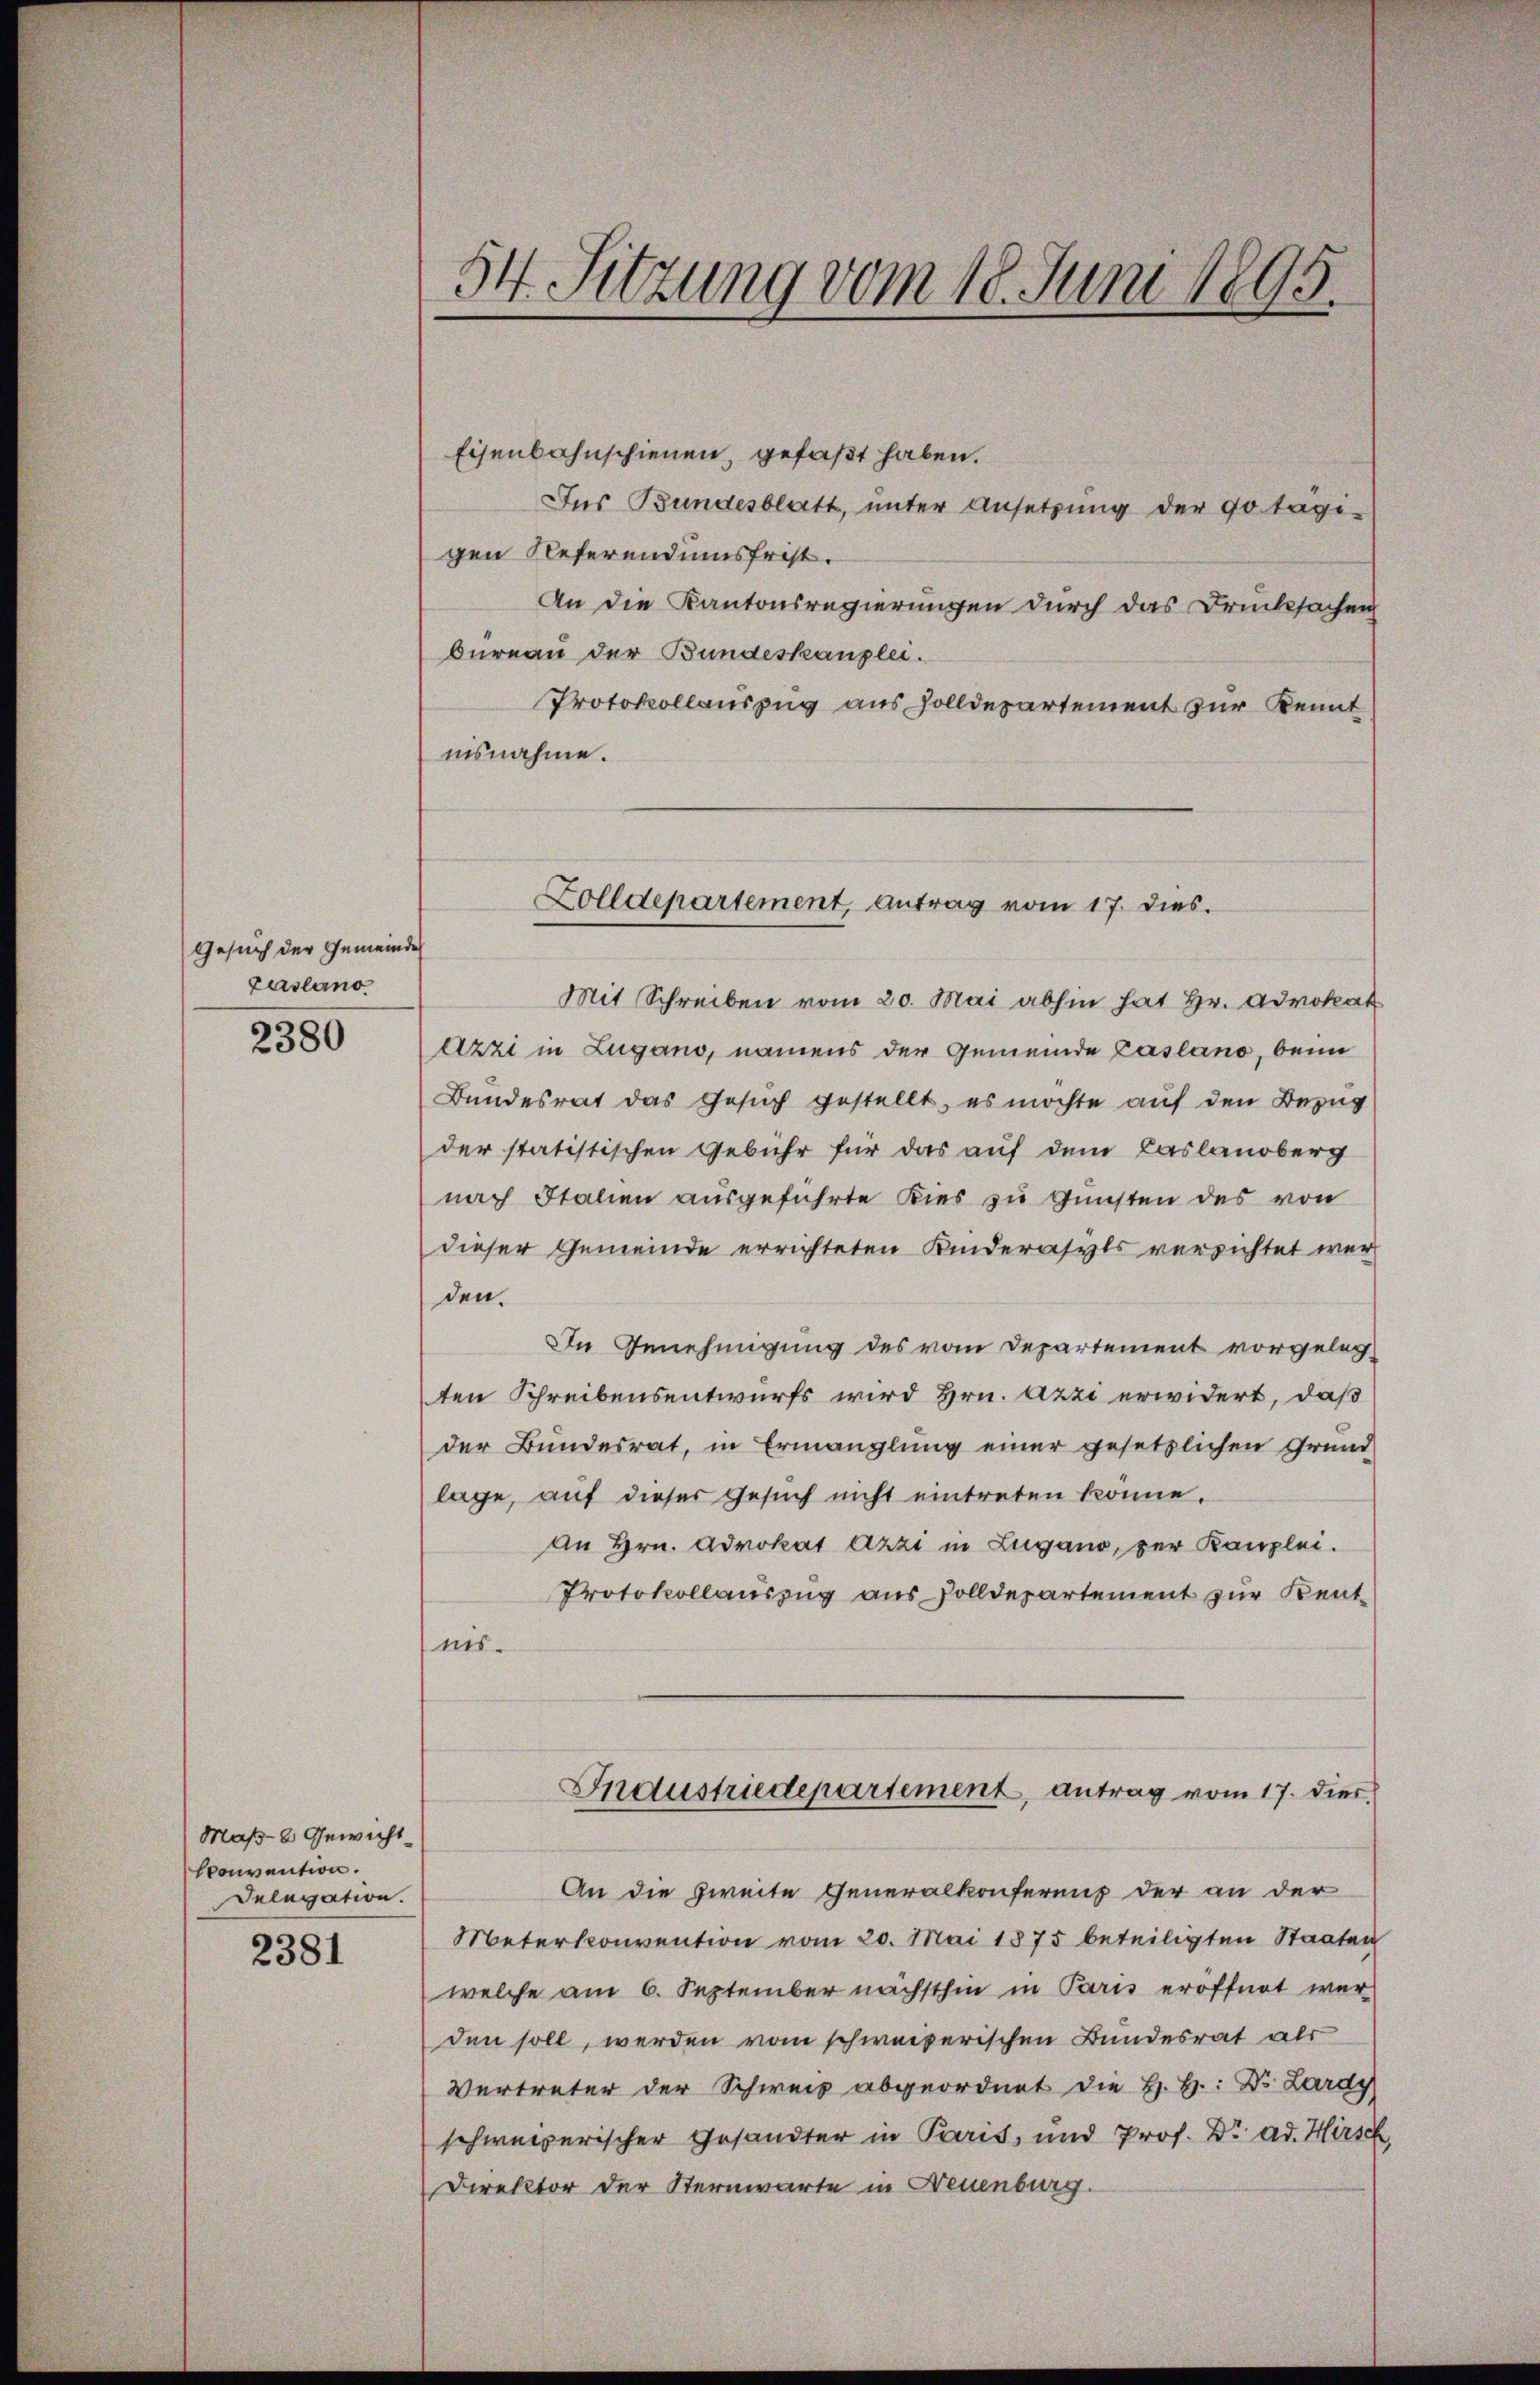
Gesuch der Gemeinde
Fasano
2380

Maß-8 Gewicht
sconvention.
Delegation.

2381

54. Sitzung vom 18. Juni 1895.

Eisenbahnschienen, gefaßt haben.
Jus Bundesblatt, unter Ansetzung der 90 Tage-
gen Referendumsfrist.
An die Kantonsregierungen durch das Drucksachen
Oureau der Bundeskanzlei.
Protokollauszug aus solldepartement zur Kennt
nisnahme.
Mit Schreiben vom 20. Mai abhin hat Hr. Advokat
Azzi in Lugano, namens der Gemeinde Casano, beim
Bundesrat das Gesuch gestellt, es möchte auf den Bezug
der statistischen Gebühr für das auf dem Caslandberg
nach Italien ausgeführte Kies zu Gunsten des von
dieser Gemeinde errichteten Kinderasyls verrichtet werden.
In Genehmigung des vom Departement vorgelegten Schreibensentwurfs wird Hrn. Azzi erwidert, daß
der Bundesrat, in Ermanglung einer gesetzlichen Grund
lage, auf dieses Gesuch nicht eintreten könne.
An Hrn. Advokat Azzi in Lugano, per Kanzlei.
Protokollauszug aus Zolldepartement zur Kentnis.
Industriedepartement, antrag vom 17. dies
An die zweite Generalkonferenz der an der
Meterkonvention vom 20. Mai 1875 beteiligten Staaten
welche am 6. September nächsthin in Paris eröffnet war
den soll, werden vom schweizerischen Bundesrat als
Vertreter der Schweiz abgeordnet die H. H: Dr. Lardy
schweizerischer Gesandter in Paris, und Prof. Dr. ad. Hirsch
Direktor der Sternwarte in Neuenburg.

Zolldepartement, Antrag vom 17. dies.